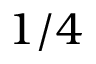
1 / 4